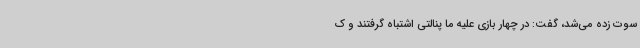
سوت زده می‌شد، گفت: در چهار بازی علیه ما پنالتی اشتباه گرفتند و ک